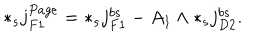
* _ { s } j _ { F 1 } ^ { P a g e } = * _ { s } j _ { F 1 } ^ { b s } - A _ { 1 } \wedge * _ { s } j _ { D 2 } ^ { b s } .